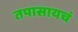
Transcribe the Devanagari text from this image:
तपासायचं